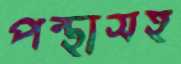
পন্থাসহ